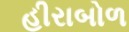
હીરાબોળ